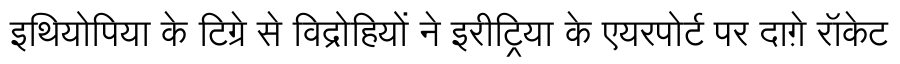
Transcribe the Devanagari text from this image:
इथियोपिया के टिग्रे से विद्रोहियों ने इरीट्रिया के एयरपोर्ट पर दाग़े रॉकेट